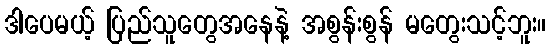
ဒါပေမယ့် ပြည်သူတွေအနေနဲ့ အစွန်းစွန် မတွေးသင့်ဘူး။